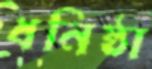
ধনিষ্ঠা